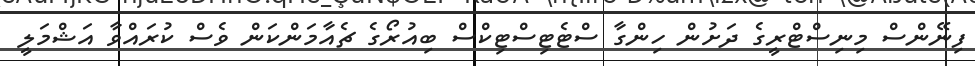
ފިނޭންސް މިނިސްޓްރީގެ ދަށުން ހިންގާ ސްޓެޓިސްޓިކްސް ބިއުރޯގެ ޗެއާމަންކަން ވެސް ކުރައްވާ އަޝްމަލީ